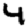
Digit: 4